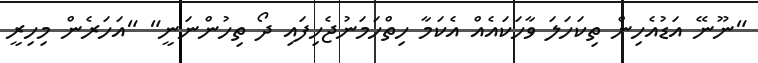
"ނޫނޭ އަޑުއެހިން ތިކަހަލަ ވާހަކައެއް އެކަމާ ހިތްހަމަނުޖެހިފައި ދޯ ތިހުންނަނީ" "އަހަރެން މިހިރީ